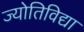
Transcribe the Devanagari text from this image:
ज्योतिविद्या